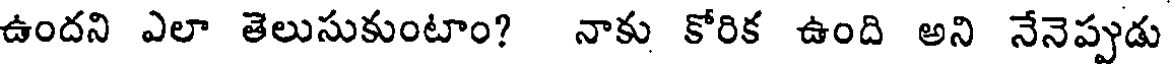
ఉందని ఎలా తెలుసుకుంటాం? నాకు కోరిక ఉంది అని నేనెప్పుడు